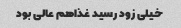
خیلی زود رسید غذاهم عالی بود